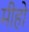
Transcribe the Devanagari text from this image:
मीहो